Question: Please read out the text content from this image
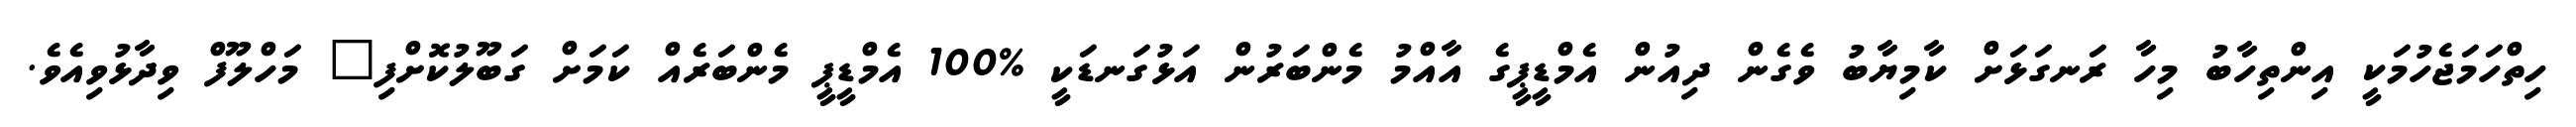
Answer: ހިތްހަމަޖެހުމަކީ އިންތިހާބު މިހާ ރަނގަޅަށް ކާމިޔާބު ވެގެން ދިއުން އެމްޑީޕީގެ އާއްމު މެންބަރުން އަޅުގަނޑަކީ %100 އެމްޑީޕީ މެންބަރެއް ކަމަށް ގަބޫލުކޮށްފި" މަހްލޫފް ވިދާޅުވިއެވެ.